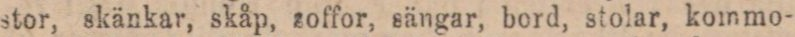
stor, skänkar, skåp, soffor, sängar, bord, stolar, kommo-